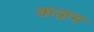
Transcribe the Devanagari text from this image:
कऴम